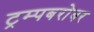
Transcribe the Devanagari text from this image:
ट्रम्पबरोबर